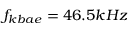
f _ { k b a e } = 4 6 . 5 k H z